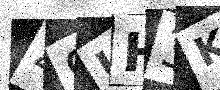
Text: 49UH3K